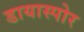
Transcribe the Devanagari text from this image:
डायास्पोर